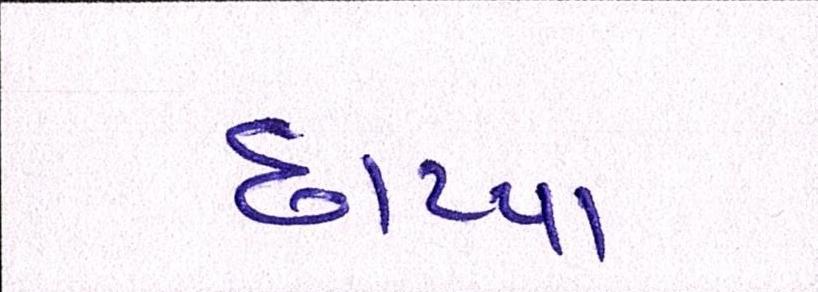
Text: છાપ્યા